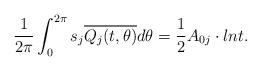
LaTeX: \begin{align*}\frac{1}{2\pi}\int_0^{2\pi}s_j \overline{Q_j(t,\theta)}d\theta=\frac{1}{2}A_{0j}\cdot lnt.\end{align*}